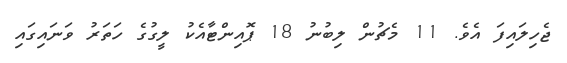
ޖެހިލައިފަ އެވެ. 11 މެޗުން ލިބުނު 18 ޕޮއިންޓާއެކު ލީގުގެ ހަތަރު ވަނައިގައި